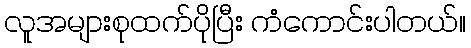
လူအများစုထက်ပိုပြီး ကံကောင်းပါတယ်။